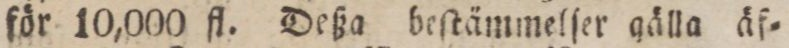
för 10,000 fl. Deßa beſtämmelſer gälla äf=